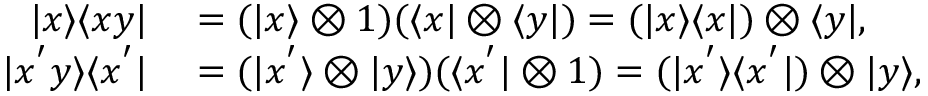
\begin{array} { r l } { | x \rangle \langle x y | } & { { } = ( | x \rangle \otimes 1 ) ( \langle x | \otimes \langle y | ) = ( | x \rangle \langle x | ) \otimes \langle y | , } \\ { | x ^ { ' } y \rangle \langle x ^ { ' } | } & { { } = ( | x ^ { ' } \rangle \otimes | y \rangle ) ( \langle x ^ { ' } | \otimes 1 ) = ( | x ^ { ' } \rangle \langle x ^ { ' } | ) \otimes | y \rangle , } \end{array}